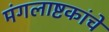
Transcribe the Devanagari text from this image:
मंगलाष्टकांचे